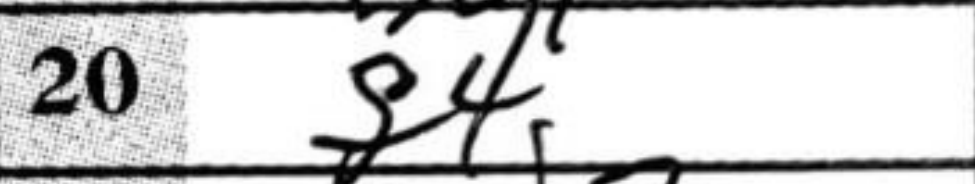
Transcription: f4